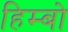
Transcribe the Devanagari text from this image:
हिम्बो